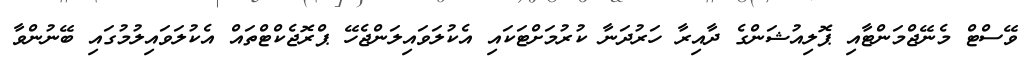
ވޭސްޓް މެނޭޖްމަންޓާއި ޕޮލިއުޝަންގެ ދާއިރާ ހަރުދަނާ ކުރުމަށްޓަކައި އެކުލަވައިލަންޖެހޭ ޕްރޮޖެކްޓްތައް އެކުލަވައިލުމުގައި ބޭނުންވާ